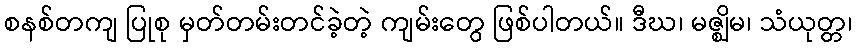
စနစ်တကျ ပြုစု မှတ်တမ်းတင်ခဲ့တဲ့ ကျမ်းတွေ ဖြစ်ပါတယ်။ ဒီဃ၊ မဇ္ဈိမ၊ သံယုတ္တ၊